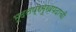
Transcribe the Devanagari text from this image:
भूदलप्रमुखपदाची